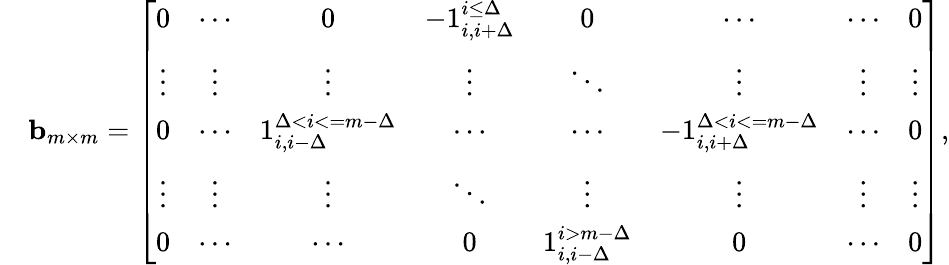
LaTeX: \begin{array}{rl}&{\mathbf{b}_{m\times m}=\left[\begin{array}{cccccccc}{0}&{\cdots}&{0}&{-1_{i,i+\Delta}^{i\leq\Delta}}&{0}&{\cdots}&{\cdots}&{0}\\ {\vdots}&{\vdots}&{\vdots}&{\vdots}&{\ddots}&{\vdots}&{\vdots}&{\vdots}\\ {0}&{\cdots}&{1_{i,i-\Delta}^{\Delta<i<=m-\Delta}}&{\cdots}&{\cdots}&{-1_{i,i+\Delta}^{\Delta<i<=m-\Delta}}&{\cdots}&{0}\\ {\vdots}&{\vdots}&{\vdots}&{\ddots}&{\vdots}&{\vdots}&{\vdots}&{\vdots}\\ {0}&{\cdots}&{\cdots}&{0}&{1_{i,i-\Delta}^{i>m-\Delta}}&{0}&{\cdots}&{0}\end{array}\right],}\end{array}